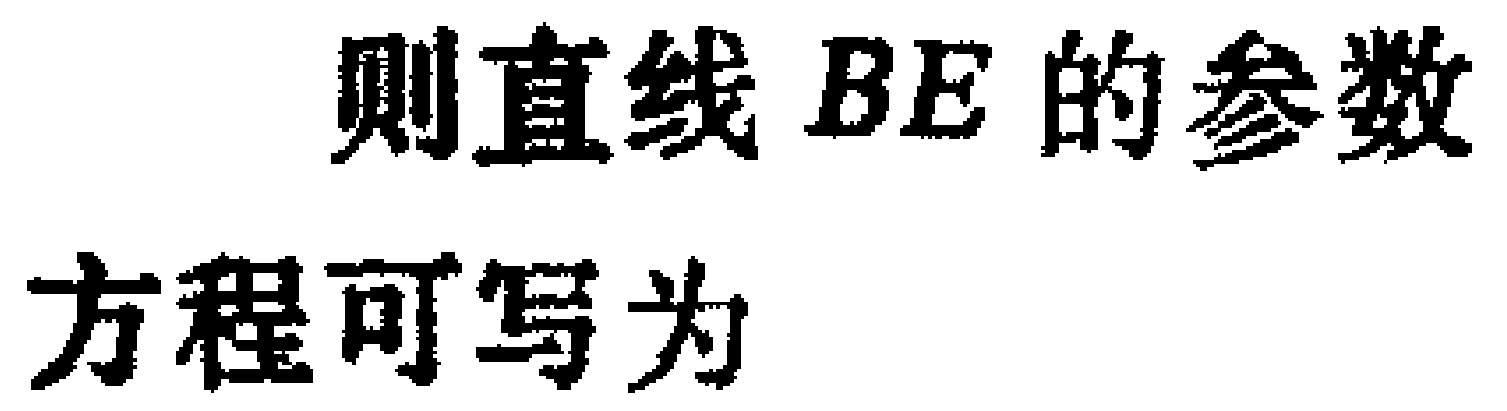
则直线 \(BE\) 的参数

方程可写为